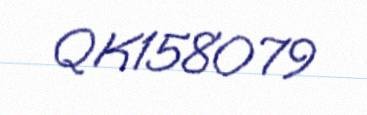
QK158079